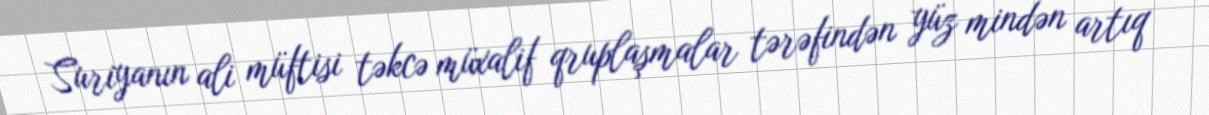
Suriyanın ali müftisi təkcə müxalif qruplaşmalar tərəfindən yüz mindən artıq